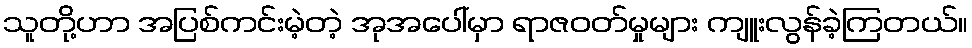
သူတို့ဟာ အပြစ်ကင်းမဲ့တဲ့ အုအပေါ်မှာ ရာဇဝတ်မှုများ ကျူးလွန်ခဲ့ကြတယ်။